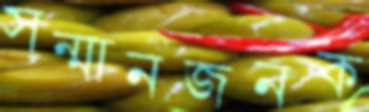
সন্মানজনক